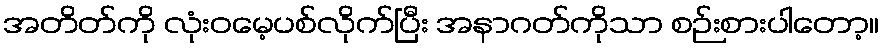
အတိတ်ကို လုံးဝမေ့ပစ်လိုက်ပြီး အနာဂတ်ကိုသာ စဉ်းစားပါတော့။